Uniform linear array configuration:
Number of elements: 32
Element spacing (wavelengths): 0.5
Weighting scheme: uniform
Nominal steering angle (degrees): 30
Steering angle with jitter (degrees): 28.891
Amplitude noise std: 0.05
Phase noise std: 0.05

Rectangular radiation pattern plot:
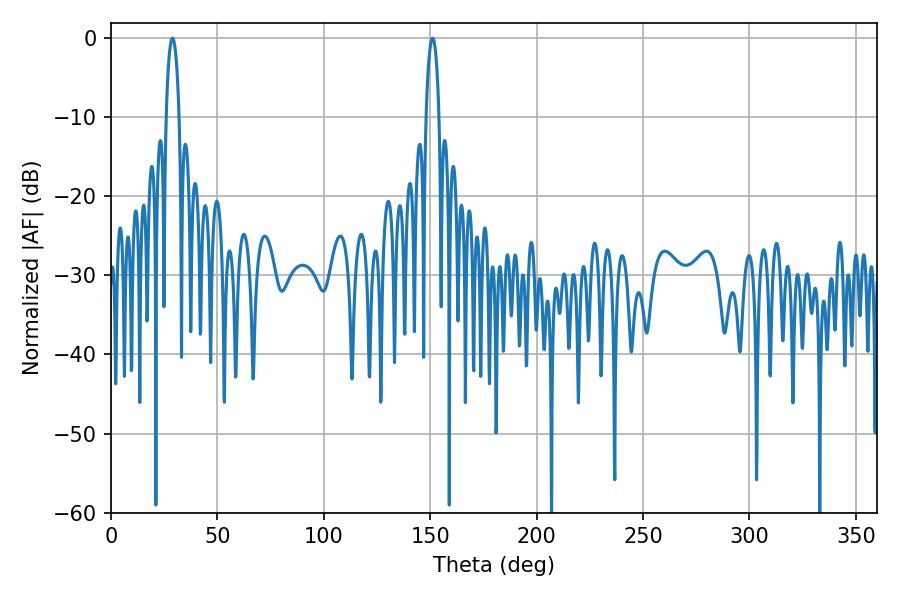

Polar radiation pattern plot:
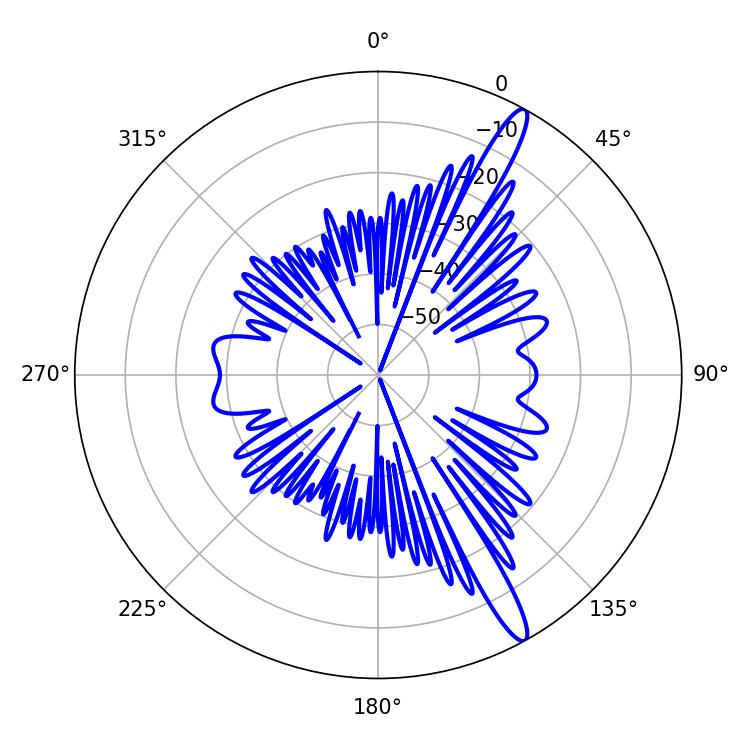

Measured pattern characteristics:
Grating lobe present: FALSE
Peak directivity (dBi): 14.674
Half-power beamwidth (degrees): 3.42
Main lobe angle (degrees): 28.8